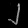
Digit: ၂